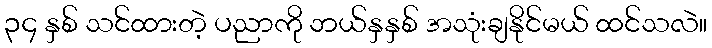
၃၄ နှစ် သင်ထားတဲ့ ပညာကို ဘယ်နှနှစ် အသုံးချနိုင်မယ် ထင်သလဲ။